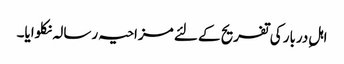
اہلِ دربار کی تفریح کے لئے مزاحیہ رسالہ نکلوایا۔